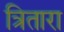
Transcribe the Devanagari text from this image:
त्रितारा